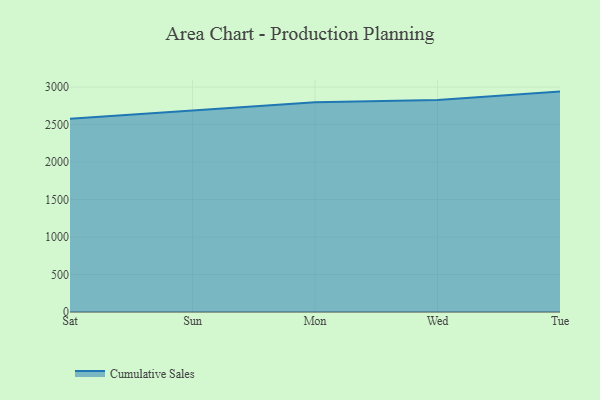
{"axis": {"x": "Day", "y": "Bounce Rate (%)"}, "legend": ["Cumulative Sales"], "data": [{"x": "Sat", "y": 2578.7, "type": "Cumulative Sales"}, {"x": "Sun", "y": 2685.2, "type": "Cumulative Sales"}, {"x": "Mon", "y": 2798.7, "type": "Cumulative Sales"}, {"x": "Wed", "y": 2828.1, "type": "Cumulative Sales"}, {"x": "Tue", "y": 2939.3, "type": "Cumulative Sales"}]}